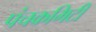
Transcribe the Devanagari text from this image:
पंचकमिटी